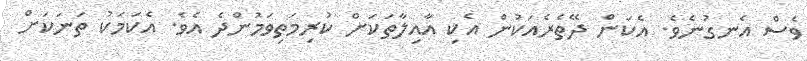
ވެސް އެނގުނެވެ. އެކަން ދޭތެރެއަކުން އެކި އާއިލާތަކަށް ކުރިމަތިވަމުންދެ އެވެ. އެކަމަކު ތަނަކަށް